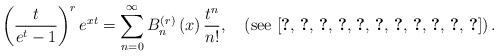
LaTeX: \begin{align*}\left(\frac{t}{e^{t}-1}\right)^{r}e^{xt}=\sum_{n=0}^{\infty}B_{n}^{\left(r\right)}\left(x\right)\frac{t^{n}}{n!},\quad\left(\mbox{see \cite{key-11,key-12,key-13,key-14,key-15,key-16,key-17,key-18,key-19,key-20,key-21}}\right).\end{align*}